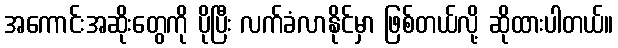
အကောင်းအဆိုးတွေကို ပိုပြီး လက်ခံလာနိုင်မှာ ဖြစ်တယ်လို့ ဆိုထားပါတယ်။